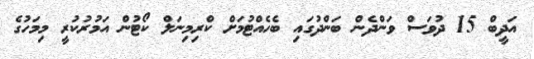
އަދީބް 15 ދުވަސް ވަންދެން ބަންދުގައި ބެހެއްޓުމަށް ކްރިމިނަލް ކޯޓުން އަމުރުކުރީ މިމަހުގެ